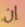
إن